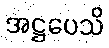
အဋ္ဌပေသိ